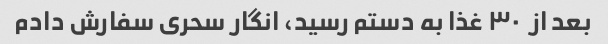
بعد از  ٣٠ غذا به دستم رسید، انگار سحری سفارش دادم